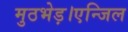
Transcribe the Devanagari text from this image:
मुठभेड़।एन्जिल